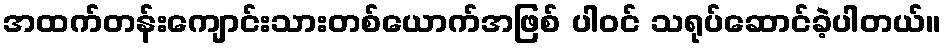
အထက်တန်းကျောင်းသားတစ်ယောက်အဖြစ် ပါဝင် သရုပ်ဆောင်ခဲ့ပါတယ်။